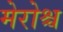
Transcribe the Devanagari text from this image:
मेरोश्च